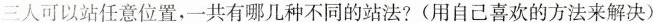
三人可以站任意位置，一共有哪几种不同的站法?(用自己喜欢的方法来解决)